Report of an investigation of the epidemic of malarial fever in Assam, or, kala-azar
Disease focus: Malaria
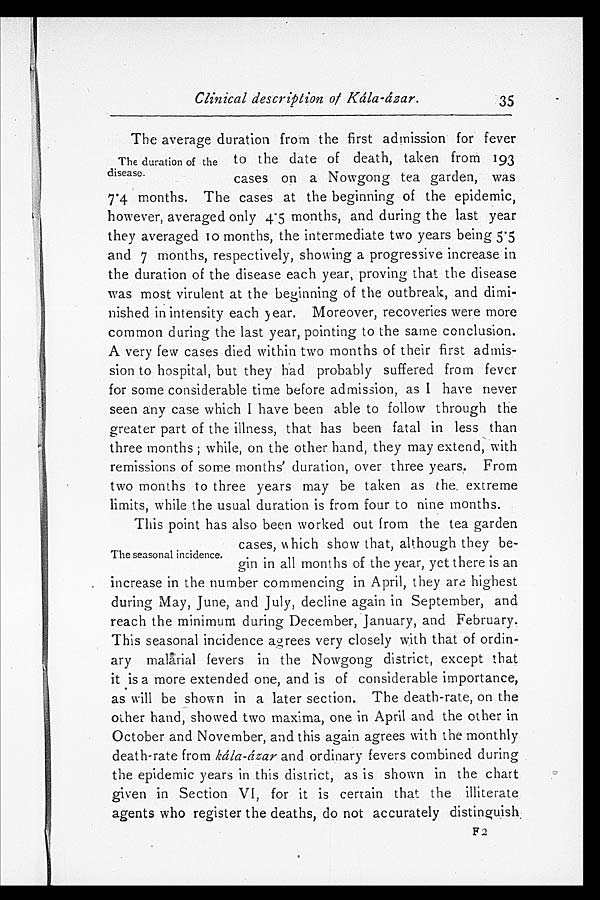
Clinical description of Kála-ázar.
The average duration from the first admission for fever
to the date of death, taken from 193
cases on a Nowgong tea garden, was
7.4 months. The cases at the beginning of the epidemic,
however, averaged only 4.5 months, and during the last year
they averaged 10 months, the intermediate two years being 5.5
and 7 months, respectively, showing a progressive increase in
the duration of the disease each year, proving that the disease
was most virulent at the beginning of the outbreak, and dimi
- n i s h e d i n i n t e n s i t y e a c h y e a r . M o r e o v e r , r e c o v e r i e s w e r e m o r e
common during the last year, pointing to the same conclusion.
A very few cases died within two months of their first admis
- s i o n t o h o s p i t a l , b u t t h e y h a d p r o b a b l y s u f f e r e d f r o m f e v e r
for some considerable time before admission, as I have never
seen any case which I have been able to follow through the
greater part of the illness, that has been fatal in less than
three months; while, on the other hand, they may extend, with
remissions of some months' duration, over three years. From
two months to three years may be taken as the extreme
limits, while the usual duration is from four to nine months.
This point has also been worked out from the tea garden
cases, which show that, although they be-
gin in all months of the year, yet there is an
increase in the number commencing in April, they are highest
during May, June, and July, decline again in September, and
reach the minimum during December, January, and February.
This seasonal incidence agrees very closely with that of ordin-
ary malarial fevers in the Nowgong district, except that
it is a more extended one, and is of considerable importance,
as will be shown in a later section. The death-rate, on the
other hand, showed two maxima, one in April and the other in
October and November, and this again agrees with the monthly
death-rate from kála-ázar and ordinary fevers combined during
the epidemic years in this district, as is shown in the chart
given in Section VI, for it is certain that the illiterate
agents who register the deaths, do not accurately distinguish.
35
The duration of the
disease.
The seasonal incidence.
F2